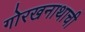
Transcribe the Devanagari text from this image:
गोरखनाथाची